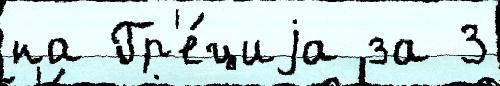
на Гр'е́циjа за 3